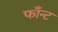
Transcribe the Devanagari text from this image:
फाँन्ट